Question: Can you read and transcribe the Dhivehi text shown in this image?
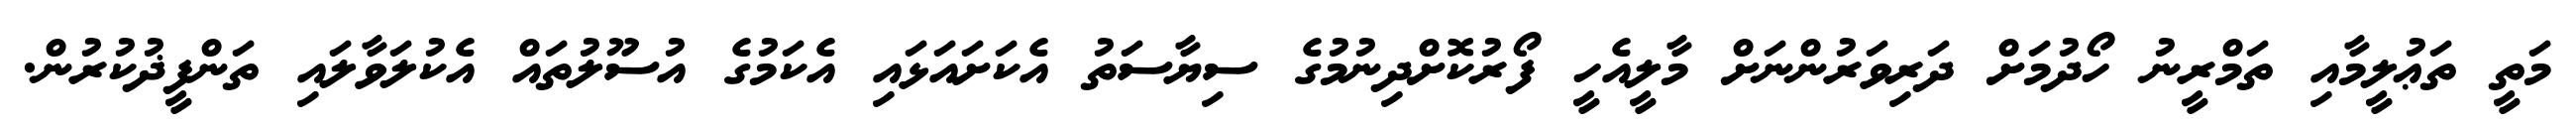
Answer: މަތީ ތަޢުލީމާއި ތަމްރީނު ހޯދުމަށް ދަރިވަރުންނަށް މާލީއެހީ ފޯރުކޮށްދިނުމުގެ ސިޔާސަތު އެކަށައަޅައި އެކަމުގެ އުސޫލުތައް އެކުލަވާލައި ތަންފީޛުކުރުން.